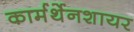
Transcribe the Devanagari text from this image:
कार्मर्थेनशायर